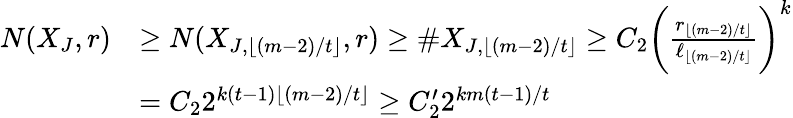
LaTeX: \begin{array}{rl}{N(X_{J},r)}&{\ge N(X_{J,\lfloor(m-2)/t\rfloor},r)\ge\# X_{J,\lfloor(m-2)/t\rfloor}\ge C_{2}\bigg(\frac{r_{\lfloor(m-2)/t\rfloor}}{\ell_{\lfloor(m-2)/t\rfloor}}\bigg)^{k}}\\ &{=C_{2}2^{k(t-1)\lfloor(m-2)/t\rfloor}\ge C_{2}^{\prime}2^{km(t-1)/t}}\end{array}